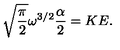
\sqrt { \frac { \pi } { 2 } } \omega ^ { 3 / 2 } \frac { \alpha } { 2 } = K E .